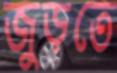
জুড়তে